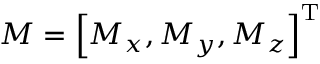
\boldsymbol { M } = \left[ M _ { x } , M _ { y } , M _ { z } \right] ^ { \mathrm { T } }